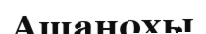
Ашанохы